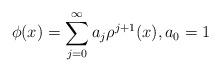
LaTeX: \begin{align*} \phi(x) &= \sum_{j=0}^\infty a_j \rho^{j+1}(x), a_0=1\end{align*}